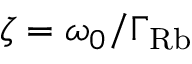
\zeta = \omega _ { 0 } / \Gamma _ { \mathrm { R b } }